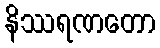
နိဿရဏတော